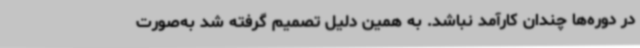
در دوره‌ها چندان کارآمد نباشد. به همین دلیل تصمیم گرفته شد به‌صورت